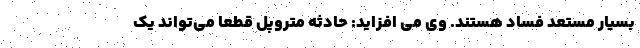
بسیار مستعد فساد هستند. وی می افزاید: حادثه متروپل قطعا می‌تواند یک